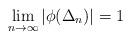
LaTeX: \begin{align*}\lim_{n\to \infty}|\phi(\Delta_n)|=1\end{align*}